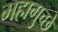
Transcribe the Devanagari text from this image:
महागुच्छे